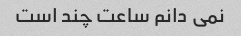
نمی دانم ساعت چند است